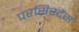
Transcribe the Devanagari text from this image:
परसिस्टैंस